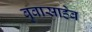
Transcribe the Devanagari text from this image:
बुवासाहेब